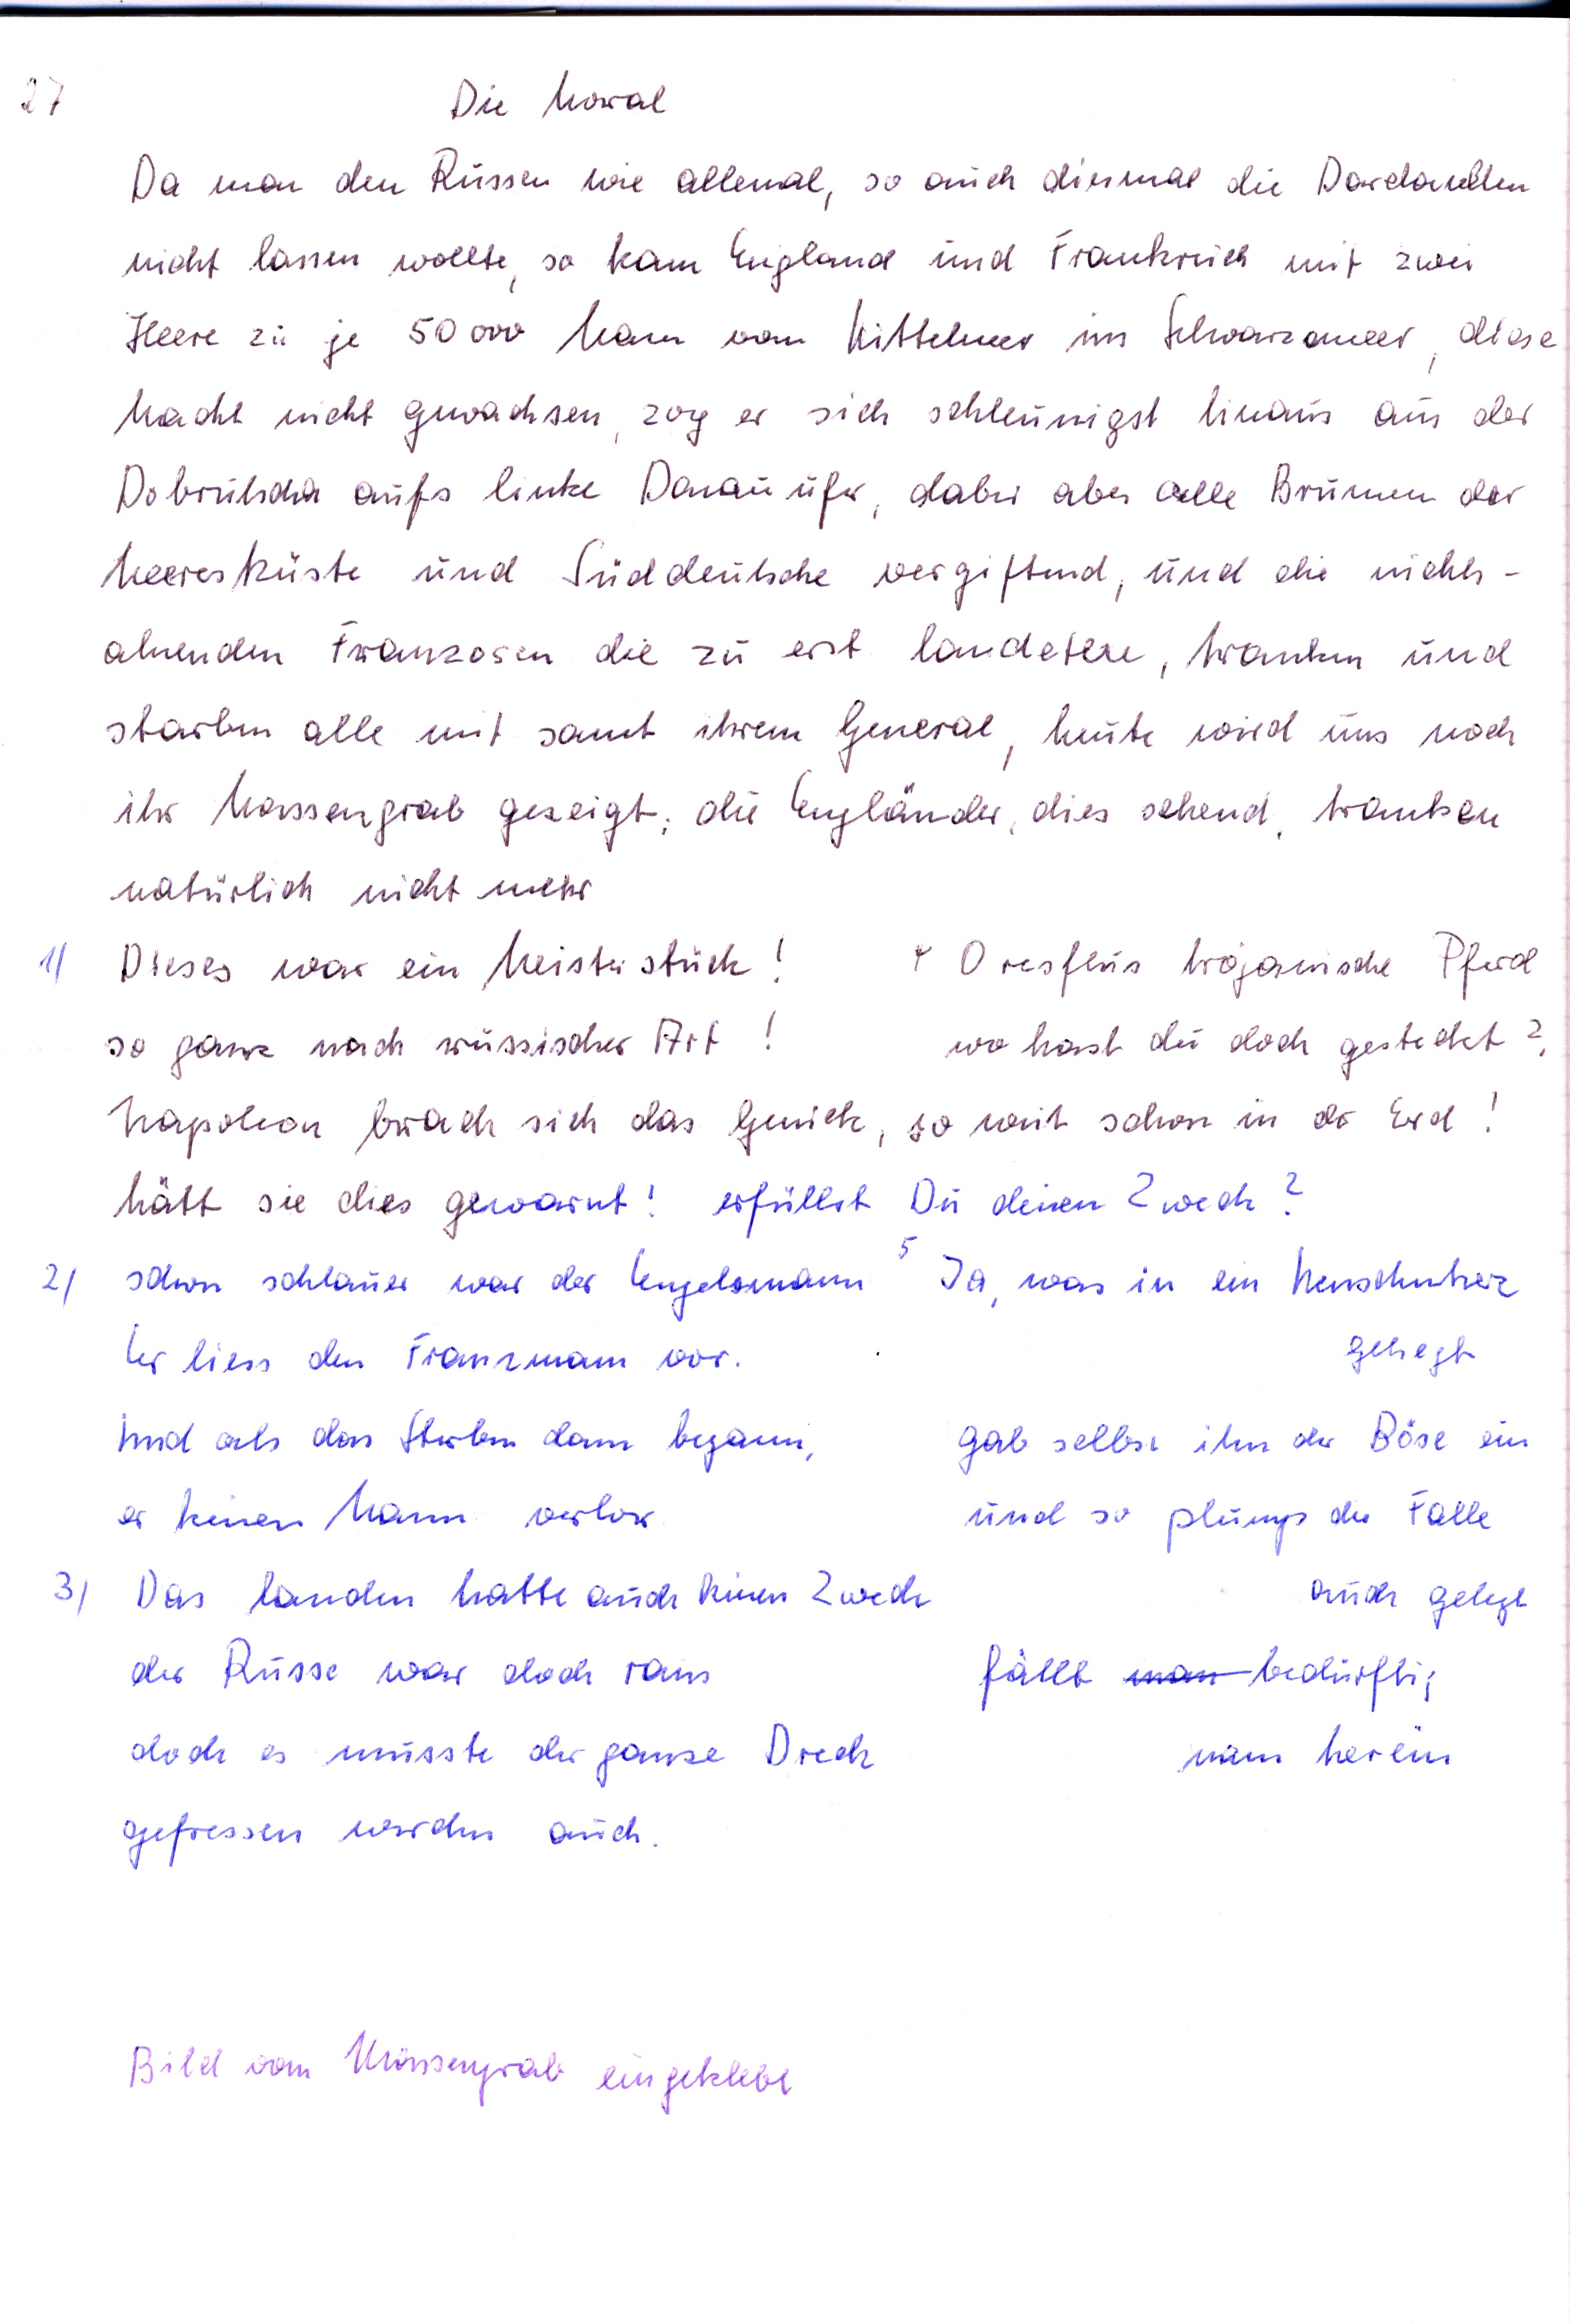
Die Moral
Da man den Russen wie allemal, so auch diesmal die Dardanllen
nicht lassen wollte so kam England und Trankreich mit zwei
Heere zu je 50000 Mann vom Wittehner ims Schwarzaneer diese
Macht nicht gewachsen zog er sich schleunigst hinaus aus der
Dobrutscha aufs linke Danauufer daber aber alle Brumen der
Meereskuste und Suddeutsche vergiftend und die nichts¬
alnenden Franzosen die zu erst landetere, tranken und
starben alle mit sammt ihrem General heute wird uns noch
ihr Massengrab gezeigt; die Eigländer, dies sehend tranken
natürlich nicht mehr
POresflus trojanische Pferd
Dieses war ein Meisterstück!
wo hast du doch gesteckt?
so ganz nach russischer Art!
so weit schon in de Erd:
Napolion brach sich das Genick
hätt sie dies gewarnt!
erfüllst Du denen Zwech?
schon schlauer war der Engelomann Ja, was in ein Nenschuherz
geliegt
ler liess den Trauzmann vor
Und als das Sterben dann begann
gab selbst ihn der Böse ein
und so plungs die Falle
er keien Mann verlor
auch gelegt
Das landen hatte auch kenen 2 wech
der Russe war doch raus
fällt man bedürftig
doch es musste der ganze Dreck
man herein
gefressen wirden auch
Bild vom Müssergrab eingeklebt